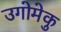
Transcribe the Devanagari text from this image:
उगोमेकु